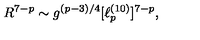
R ^ { 7 - p } \sim g ^ { ( p - 3 ) / 4 } [ \ell _ { p } ^ { ( 1 0 ) } ] ^ { 7 - p } ,